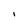
Character: I